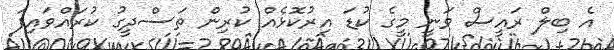
އެ ބިލް ރައީސް ވަނީ މީގެ ކުޑަ އިރުކޮޅެއް ކުރިން ތަސްދީގު ކުރައްވައިފަ